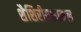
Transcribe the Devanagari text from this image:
शैशिरीयशाकल